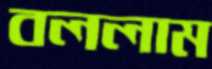
বললাম